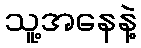
သူ့အနေနဲ့